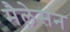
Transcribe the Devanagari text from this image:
मैलेसन